Calcutta medical institutions reports 1871-78
Year: 1871
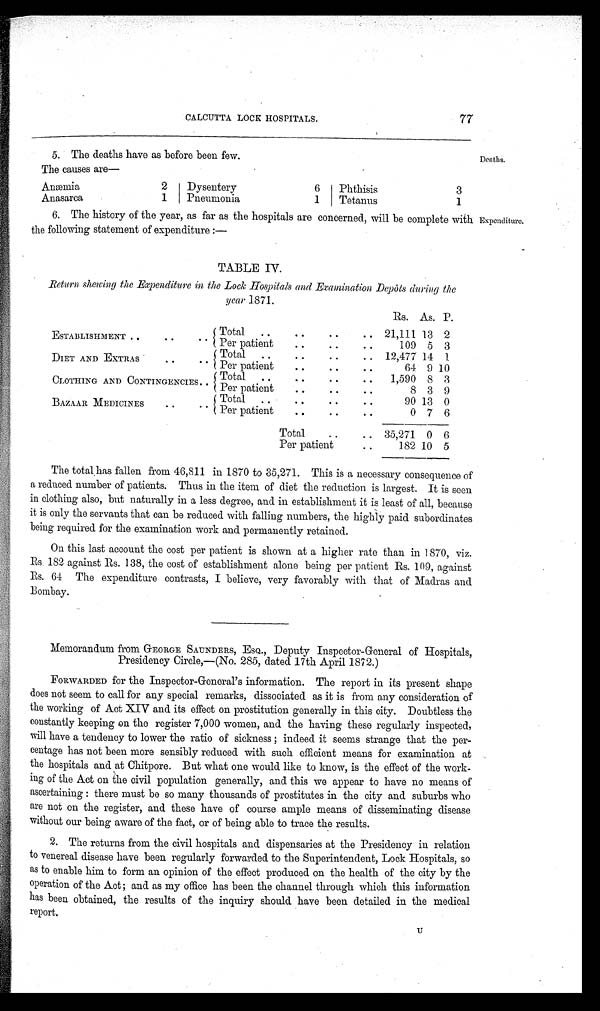
CALCUTTA LOCK HOSPITALS.
77
5. The deaths have as before been few.
T h e c a u s e s a r e —
A n æ m i a
2
Dysentery
6
Phthisis
3
Anasarea
1
Pneumonia
1
Tetanus
1
6. The history of the year, as far as the hospitals are concerned, will be complete with
the following statement of expenditure:—
Deaths.
Expenditure.
TABLE IV.
Return shewing the Expenditure in the Lock Hospitals and Examination Depôts during the
year 1871.
ESTABLISHMENT
Total
Rs. As. P.
21,111 13 2
Per patient
• •
109 5 3
DIET AND EXTRAS •
. .
. .
Total
. .
. .
• •
12,477 14 1
Per patient
• •
• •
• •
64 9 10
CLOTHING AND CONTINGENCIES..
Total
• .
. .
• •
• •
1,590 8 3
Per patient..
..
..
8
3
9
BAZAAR MEDICINES
Total
.
90 13 0
Per patient
0 7 6
• •
T o t a l
35,271 0 6
Per patient
• .
1 8 2 10 5
The total has fallen from 46,811 in 1870 to 35,271. This is a necessary consequence of
a reduced number of patients. Thus in the item of diet the reduction is largest. It is seen
in clothing also, but naturally in a less degree, and in establishment it is least of all, because
it is only the servants that can be reduced with falling numbers, the highly paid subordinates
being required for the examination work and permanently retained.
On this last account the cost per patient is shown at a higher rate than in 1870, viz.
Rs. 182 against Rs. 138, the cost of establishment alone being per patient Rs. 109, against
Rs. 64 The expenditure contrasts, I believe, very favorably with that of Madras and
Bombay.
Memorandum from GEORGE SAUNDERS, ESQ., Deputy Inspector-General of Hospitals,
Presidency Circle,—(No. 285, dated 17th April 1872.)
FORWARDED for the Inspector-General's information. The report in its present shape
does not seem to call for any special remarks, dissociated as it is from any consideration of
the working of Act XIV and its effect on prostitution generally in this city. Doubtless the
constantly keeping on the register 7,000 women, and the having these regularly inspected,
will have a tendency to lower the ratio of sickness; indeed it seems strange that the per-
centage has not been more sensibly reduced with such efficient means for examination at
the hospitals and at Chitpore. But what one would like to know, is the effect of the work-
-ing of the Act on the civil population generally, and this we appear to have no means of
ascertaining: there must be so many thousands of prostitutes in the city and suburbs who
are not on the register, and these have of course ample means of disseminating disease
without our being aware of the fact, or of being able to trace the results.
2. The returns from the civil hospitals and dispensaries at the Presidency in relation
to venereal disease have been regularly forwarded to the Superintendent, Lock Hospitals, so
as to enable him to form an opinion of the effect produced on the health of the city by the
operation of the Act; and as my office has been the channel through which this information
has been obtained, the results of the inquiry should have been detailed in the medical
report.
U